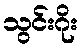
သွင်းဂိုး